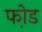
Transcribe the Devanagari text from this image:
फो़ड